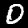
Label: 0